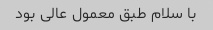
با سلام طبق معمول عالی بود